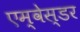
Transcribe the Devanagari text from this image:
एम्वेस्डर